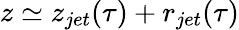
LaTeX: z\simeq z_{jet}(\tau)+r_{jet}(\tau)